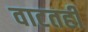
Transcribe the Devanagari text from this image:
वाटतही